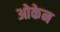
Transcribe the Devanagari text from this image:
ओकेन